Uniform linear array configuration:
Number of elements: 8
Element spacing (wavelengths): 0.25
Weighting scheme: blackman
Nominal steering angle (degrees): -30
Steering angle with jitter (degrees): -31.476
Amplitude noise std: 0.05
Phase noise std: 0.05

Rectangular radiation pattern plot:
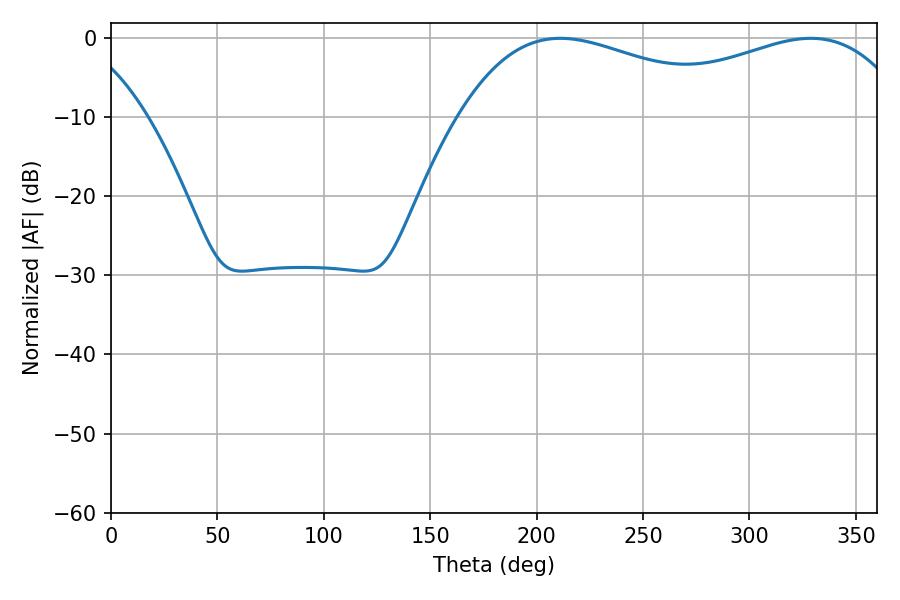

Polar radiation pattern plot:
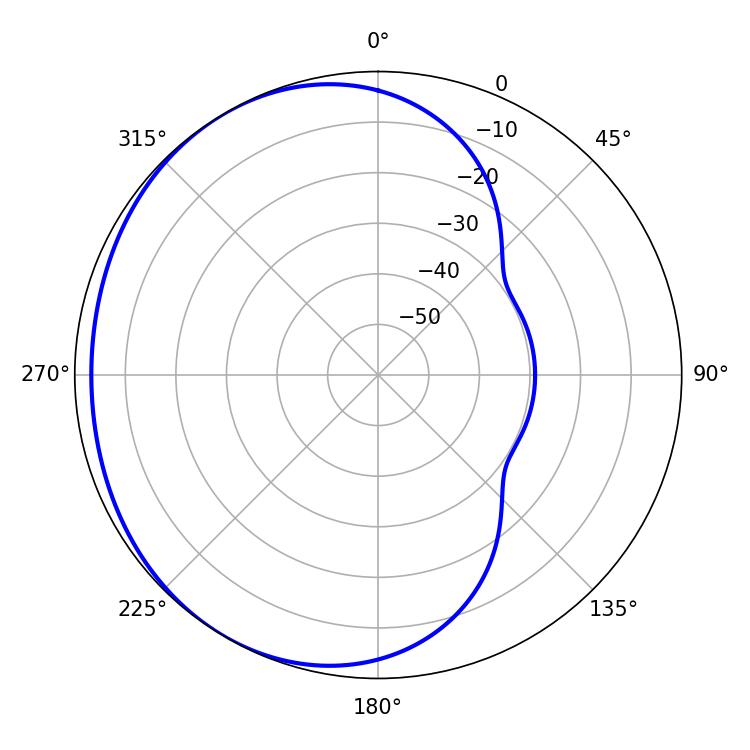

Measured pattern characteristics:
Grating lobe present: FALSE
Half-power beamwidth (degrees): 75.6
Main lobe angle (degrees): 211.14